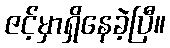
ဇင့်မှာရှိနေခဲ့ပြီ။